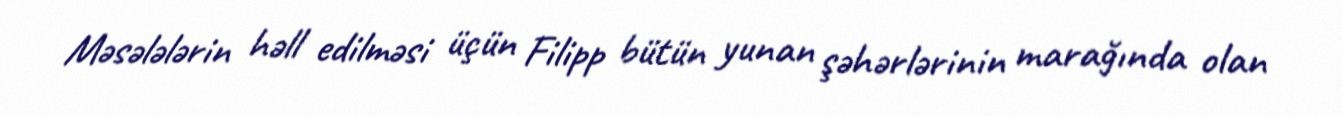
Məsələlərin həll edilməsi üçün Filipp bütün yunan şəhərlərinin marağında olan